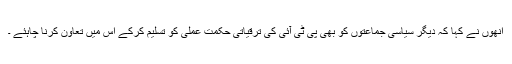
انھوں نے کہا کہ دیگر سیاسی جماعتوں کو بھی پی ٹی آئی کی ترقیاتی حکمت عملی کو تسلیم کرکے اس میں تعاون کرنا چاہئے ۔